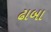
ઢાબા